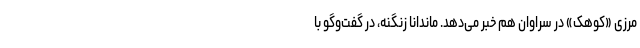
مرزی «کوهک» در سراوان هم خبر می‌دهد. ماندانا زنگنه، در گفت‌وگو با